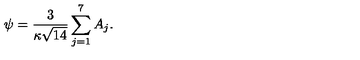
{ \psi = \frac { 3 } { \kappa \sqrt { 1 4 } } \sum _ { j = 1 } ^ { 7 } A _ { j } . }